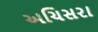
અચિસરા